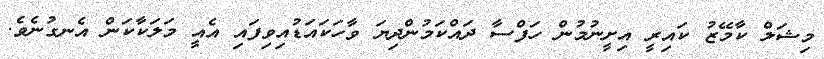
މިޝަލް ކާމޭޒު ކައިރީ އިށީނުމުން ހަފްސާ ދައްކަމުންދިޔަ ވާހަކައަޑުއިވިފައި އެއީ މަލަކާކަން އެނގުނެވެ.